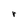
Character: r